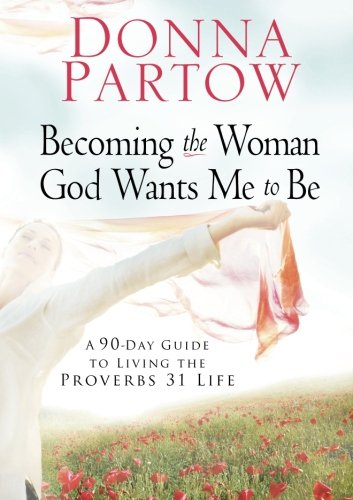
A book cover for Becoming the Woman God Wants Me to Be: A 90-Day Guide to Living the Proverbs 31 Life; Donna Partow; Christian Books & Bibles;